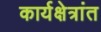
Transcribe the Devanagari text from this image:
कार्यक्षेत्रांत